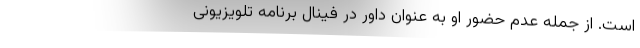
است. از جمله عدم حضور او به عنوان داور در فینال برنامه تلویزیونی